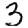
Digit: 3